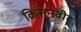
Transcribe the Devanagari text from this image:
किसनवीर